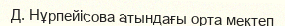
Д. Нұрпейісова атындағы орта мектеп